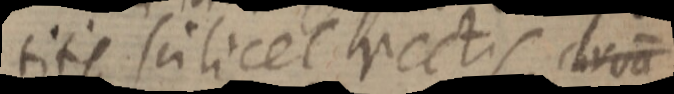
titis scilicet rectis curva